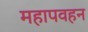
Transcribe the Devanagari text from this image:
महापवहन